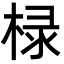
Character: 椂